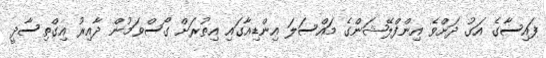
ފައިސާގެ އަގު ދަށްވެ އިންފްލޭޝަންގެ މައްސަލަ އިންޑިއާގައި އިތުރަށް ގޯސްވަމުން ދާއިރު އިގްތިސާދީ